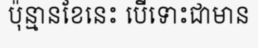
ប៉ុន្មានខែនេះ បើទោះជាមាន